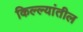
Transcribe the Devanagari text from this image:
किल्ल्यांतील